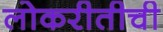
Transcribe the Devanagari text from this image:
लोकरीतीची